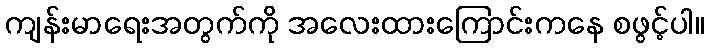
ကျန်းမာရေးအတွက်ကို အလေးထားကြောင်းကနေ စဖွင့်ပါ။